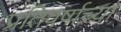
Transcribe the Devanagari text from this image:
प्रतिवर्षाच्या